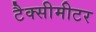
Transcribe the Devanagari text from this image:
टैक्सीमीटर